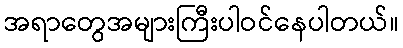
အရာတွေအများကြီးပါဝင်နေပါတယ်။